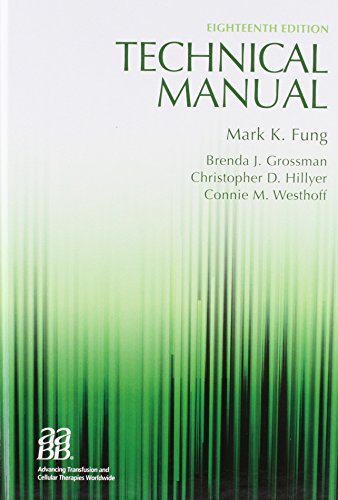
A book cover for Technical Manual, 18th edition (Technical Manual of the American Assoc of Blood Banks); AABB (American Association of Blood Banks); Medical Books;